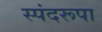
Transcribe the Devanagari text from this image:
स्पंदरूपा